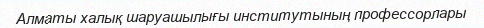
Алматы халық шаруашылығы институтының профессорлары